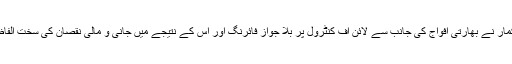
اس موقع پر نند کمار نے بھارتی افواج کی جانب سے لائن آف کنٹرول پر بلا جواز فائرنگ اور اس کے نتیجے میں جانی و مالی نقصان کی سخت الفاظ میں مذمت کی ۔